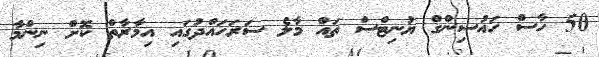
50 ހާސް ހައުސިންގް ޔުނިޓްސް ތައް މާލެ ސަރަހައްދުގައި އިމާރާތް ކޮށް ނިންމާ